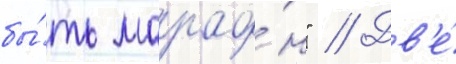
бы́ть марафо́н" // Дв'е́